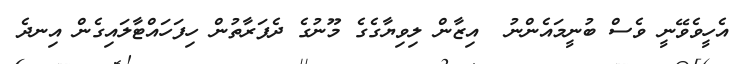
އެހީވެވޭނީ ވެސް ބުނީމައެންނު  އިޒާން ލިވިޔާގެގެ މޫނުގެ ދެފަރާތުން ހިފަހައްޓާލައިގެން އިނދެ